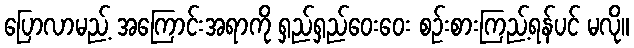
ပြောလာမည့် အကြောင်းအရာကို ရှည်ရှည်ဝေးဝေး စဉ်းစားကြည့်ရန်ပင် မလို။